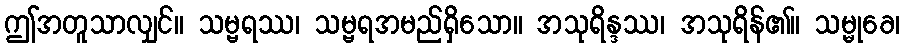
ဤအတူသာလျှင်။ သမ္ဗရဿ၊ သမ္ဗရအမည်ရှိသော။ အသုရိန္ဒဿ၊ အသုရိန်၏။ သမ္မုခေ၊